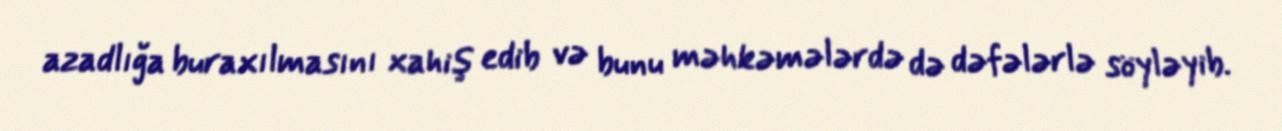
azadlığa buraxılmasını xahiş edib və bunu məhkəmələrdə də dəfələrlə söyləyib.